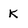
Character: K